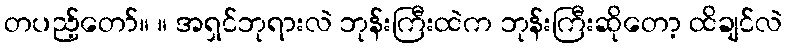
တပည့်တော်။ ။ အရှင်ဘုရားလဲ ဘုန်းကြီးထဲက ဘုန်းကြီးဆိုတော့ ထိချင်လဲ